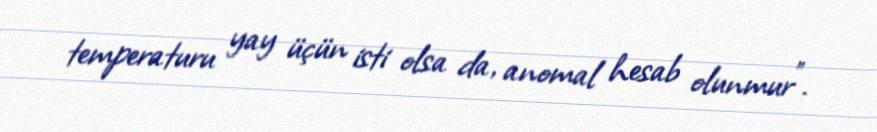
temperaturu yay üçün isti olsa da, anomal hesab olunmur”.